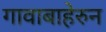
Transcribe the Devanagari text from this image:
गावाबाहेरुन